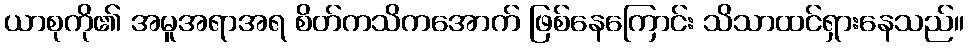
ယာစုကို၏ အမူအရာအရ စိတ်ကသိကအောက် ဖြစ်နေကြောင်း သိသာထင်ရှားနေသည်။